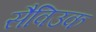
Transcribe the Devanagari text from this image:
सैविउक